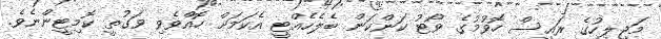
މަޖިލީހުގެ ރައީސް ހޮވުމުގެ ވޯޓު ކަންކަން ބެލެހެއްޓީ އެކަމަށް ހޮއްވެވި ވަގުތީ ކޮމިޓީންނެވެ.